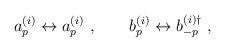
\begin{align*}a^{(i)}_p \leftrightarrow a^{(i)}_p \ , \qquad b^{(i)}_p \leftrightarrow b^{(i)\dagger}_{-p} \ ,\end{align*}